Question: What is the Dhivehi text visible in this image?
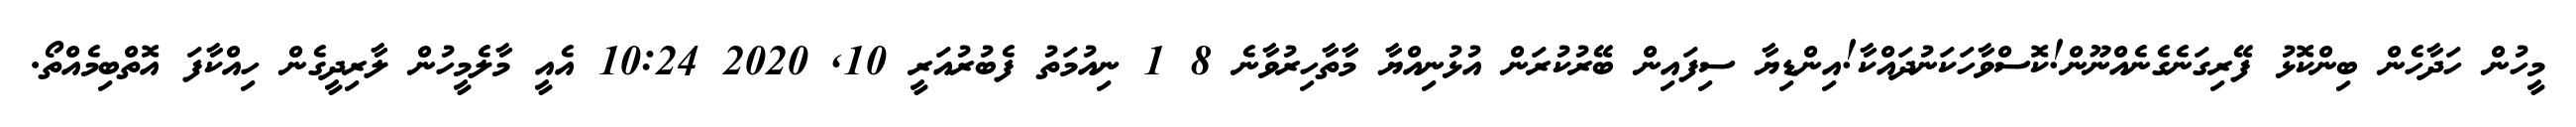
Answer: މީހުން ހަދާހެން ބިންކޮޅު ފޭރިގަނެގެނެއްނޫން!ކޮސްވާހަކަނުދައްކާ!އިންޑިޔާ ސިފައިން ބޭރުކުރަން އުޅުނިއްޔާ މާތާހިރުވާނެ 8 1 ނިއުމަތު ފެބުރުއަރީ 10, 2020 10:24 އެއީ މާލެމީހުން ލާރިދީގެން ހިއްކާފަ އޮތްބިމެއްތޯ.